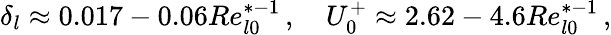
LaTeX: \delta_{l}\approx 0.017-0.06Re_{l0}^{*-1}\, ,\quad U_{0}^{+}\approx 2.62-4.6Re_{l0}^{*-1}\, ,